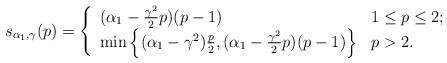
LaTeX: \begin{align*}s_{\alpha_1,\gamma}(p)=\left\{\begin{array}{ll}(\alpha_1-\frac{\gamma^2}{2}p)(p-1) & 1\le p \le 2; \\ \min\Big\{(\alpha_1-\gamma^2)\frac{p}{2}, (\alpha_1 -\frac{\gamma^2}{2}p)(p-1)\Big\} & p>2. \end{array}\right.\end{align*}